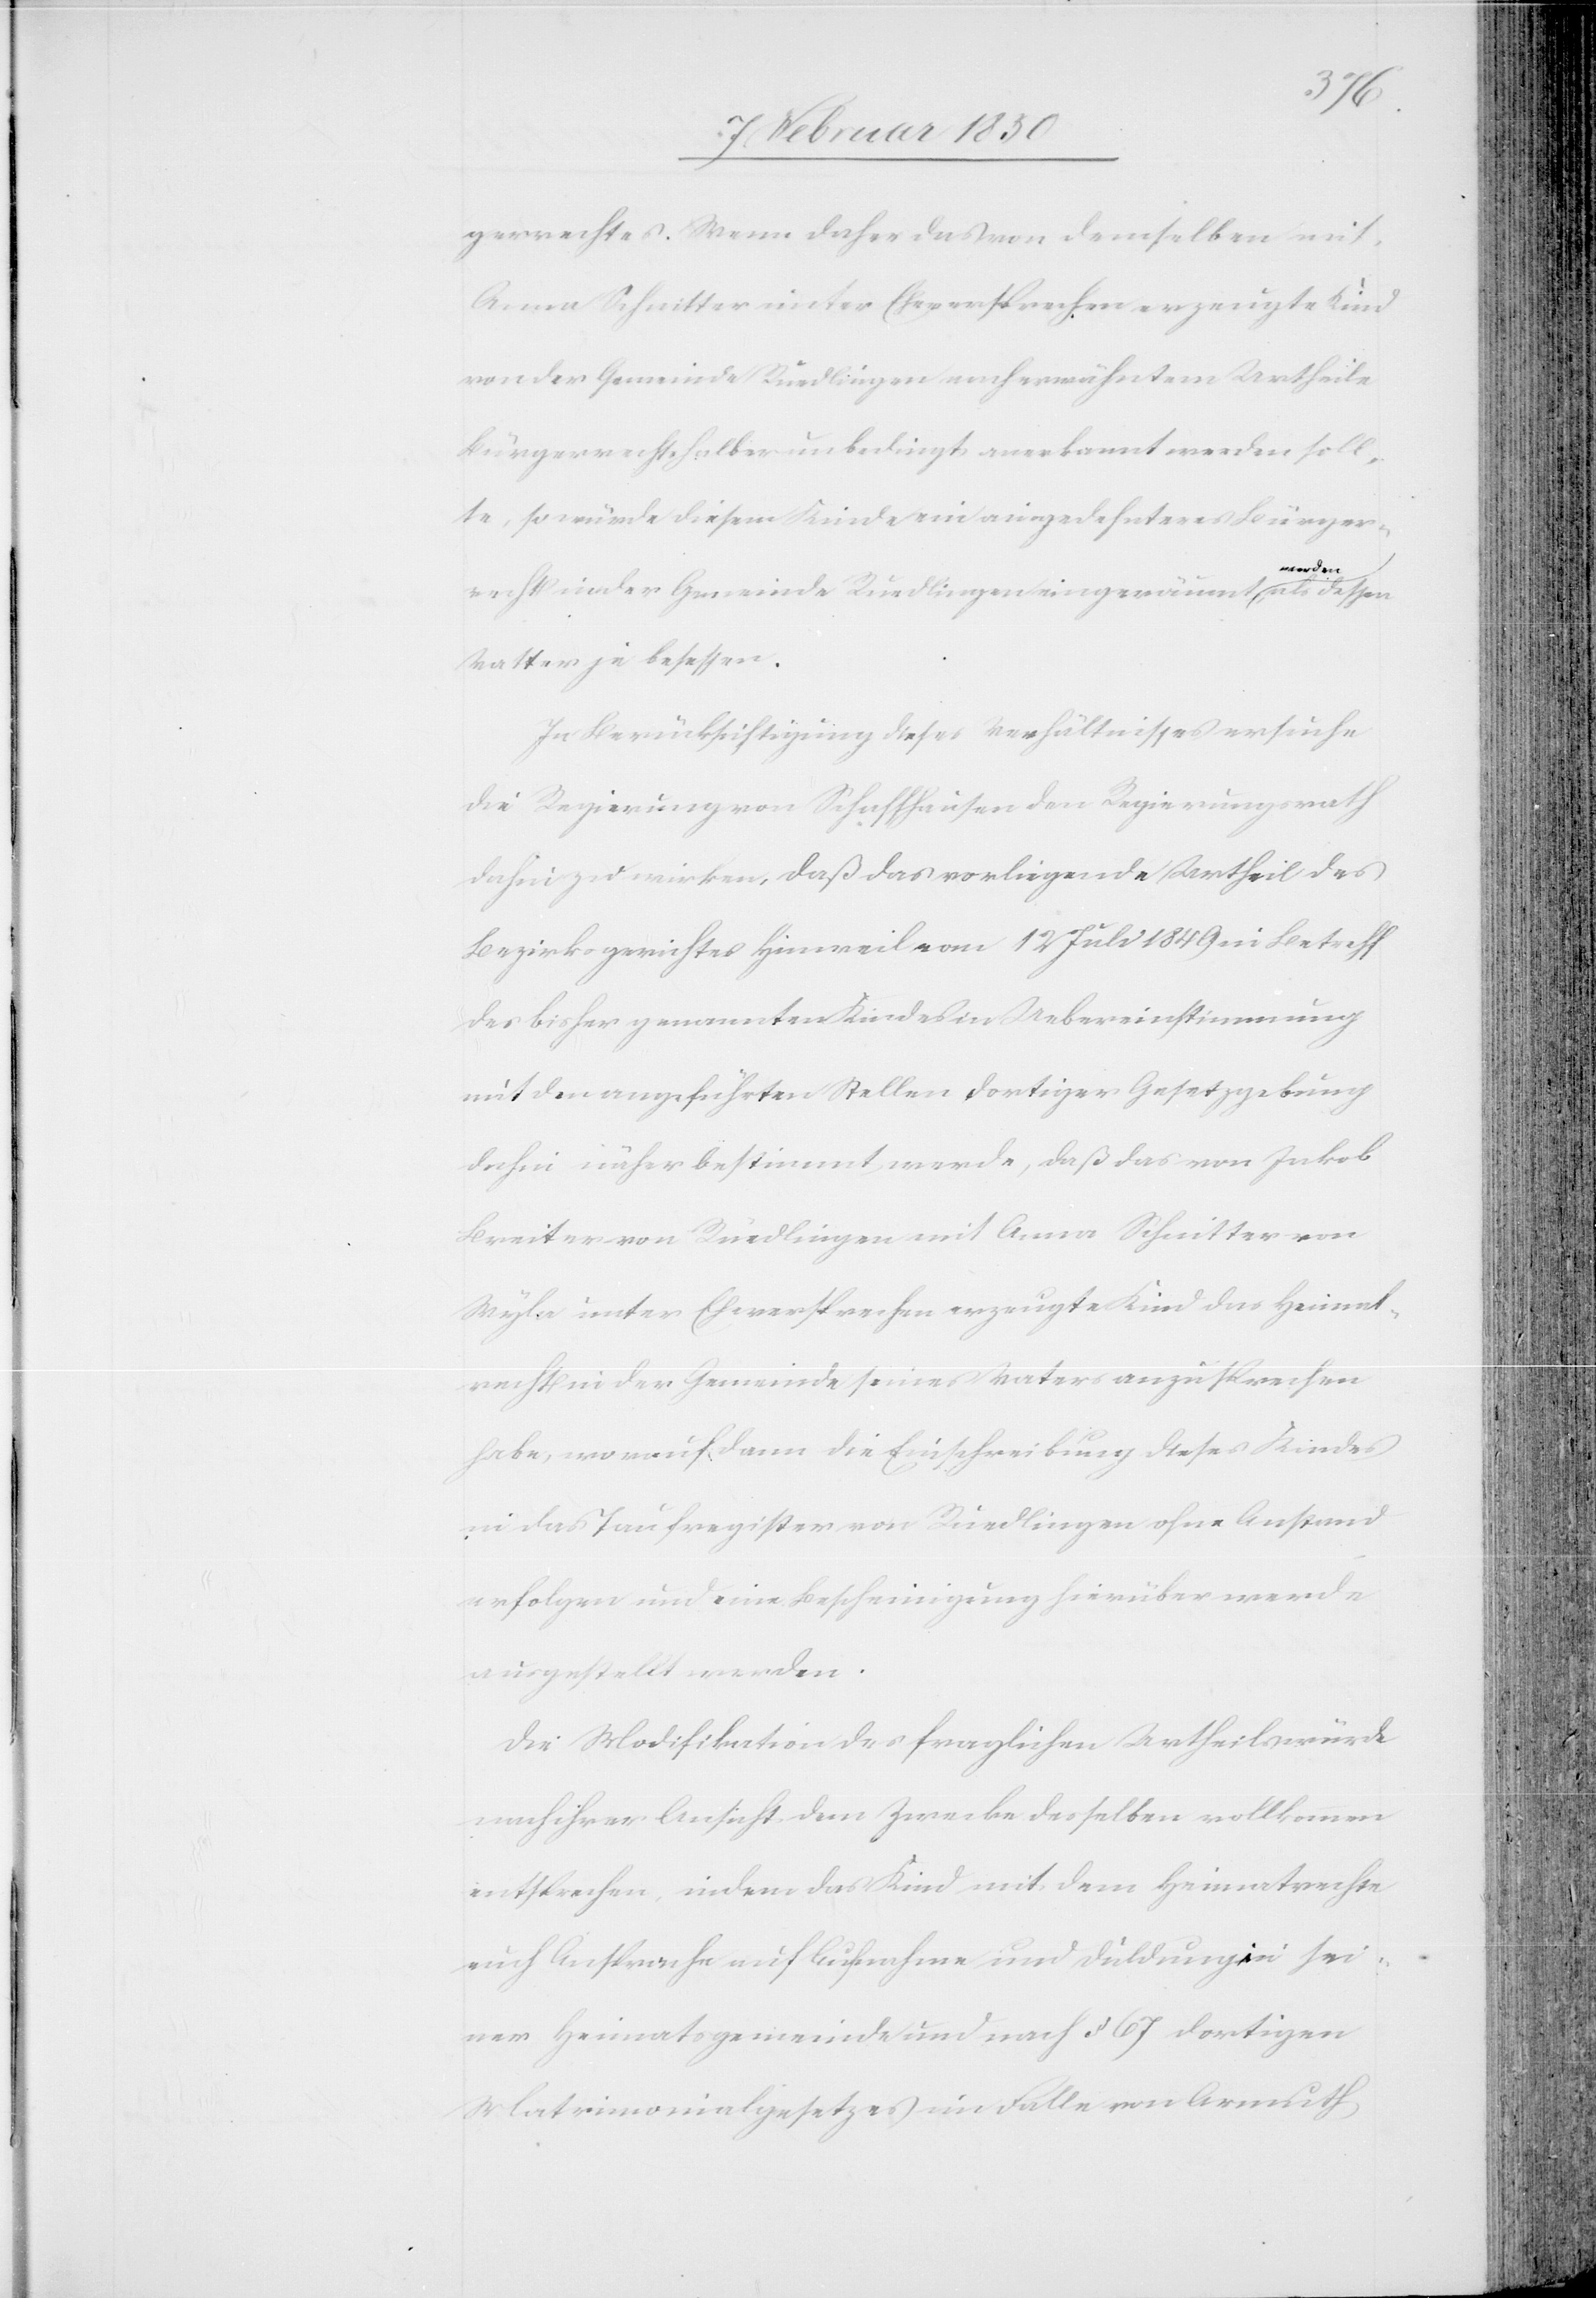
gerrechtes. Wenn daher das von demselben mit
Anna Schnitter unter Eheversprechen erzeugte Kind
von der Gemeinde Rüedlingen nach erwähntem Urtheile
Bürgerrechtshalber unbedingt anerkannt werden soll¬
te, so würde diesem Kinde ein ausgedehnteres Bürger¬
recht in der Gemeinde Rüedlingen eingeräumt werden, als dessen
Vatter je besessen.
In Berücksichtigung dieses Verhältnisses ersuche
die Regierung von Schaffhausen den Regierungsrath
dahin zu wirken, daß das vorliegende Urtheil des
Bezirksgerichtes Hinweil vom 12 Juli 1849 in Betreff
des bisher genannten Kindes in Uebereinstimmung
mit den angeführten Stellen dortiger Gesetzgebung
dahin näher bestimmt werde, daß das von Jakob
Breiter von Rüedlingen mit Anna Schnitter von
Wyla unter Eheversprechen erzeugte Kind das Heimat¬
recht in der Gemeinde seines Vaters anzusprechen
habe, worauf dann die Einschreibung dieses Kindes
in das Taufregister von Rüedlingen ohne Anstand
erfolgen und eine Bescheinigung hierüber werde
ausgestellt werden.
Die Modifikation des fraglichen Urtheils würde
nach ihrer Ansicht dem Zwecke desselben vollkommen
entsprechen, indem das Kind mit dem Heimatsrechte
nicht Ansprache auf Aufnahme und Duldung in sei¬
ner Heimatsgemeinde und nach § 67 dortigen
Matrimonialgesetzes im Falle von Armuth